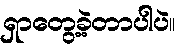
ရှာတွေ့ခဲ့တာပါပဲ။